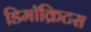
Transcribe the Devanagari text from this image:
डिमॉक्रिटस